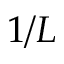
1 / L